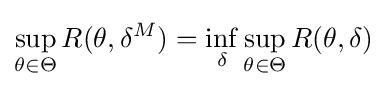
\sup _{\theta \in \Theta }R(\theta ,\delta ^{M})=\inf _{\delta }\sup _{\theta \in \Theta }R(\theta ,\delta )